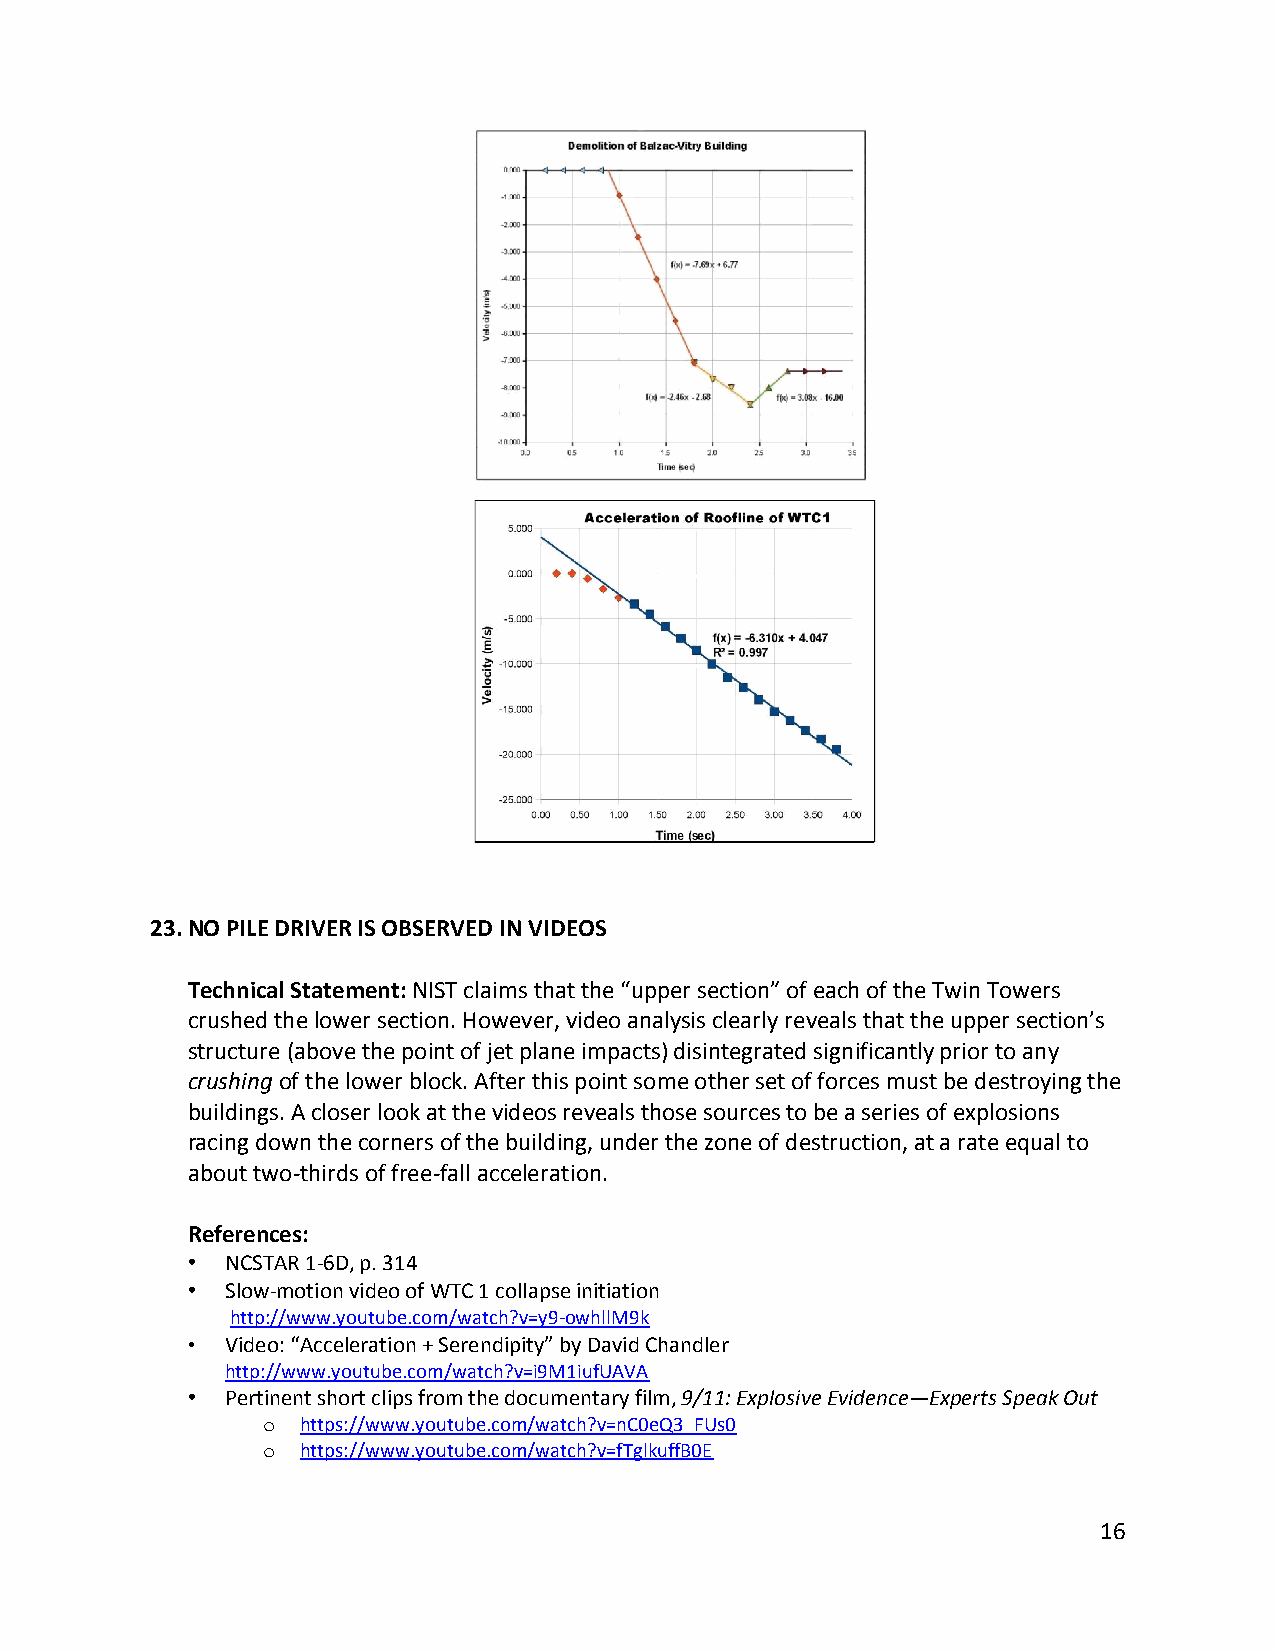
23. NO PILE DRIVER IS OBSERVED IN VIDEOS
 Technical Statement: NIST claims that the “upper section” of each of the Twin Towers
 crushed the lower section. However, video analysis clearly reveals that the upper section’s
 structure (above the point of jet plane impacts) disintegrated significantly prior to any
 crushing of the lower block. After this point some other set of forces must be destroying the
 buildings. A closer look at the videos reveals those sources to be a series of explosions
 racing down the corners of the building, under the zone of destruction, at a rate equal to
 about two-thirds of free-fall acceleration.
 References:
 •  NCSTAR 1-6D, p. 314
 •  Slow-motion video of WTC 1 collapse initiation
 http://www.youtube.com/watch?v=y9-owhllM9k
 •  Video: “Acceleration + Serendipity” by David Chandler
 http://www.youtube.com/watch?v=i9M1iufUAVA
 •  Pertinent short clips from the documentary film, 9/11: Explosive Evidence—Experts Speak Out
 o  https://www.youtube.com/watch?v=nC0eQ3_FUs0
 o  https://www.youtube.com/watch?v=fTglkuffB0E
 16